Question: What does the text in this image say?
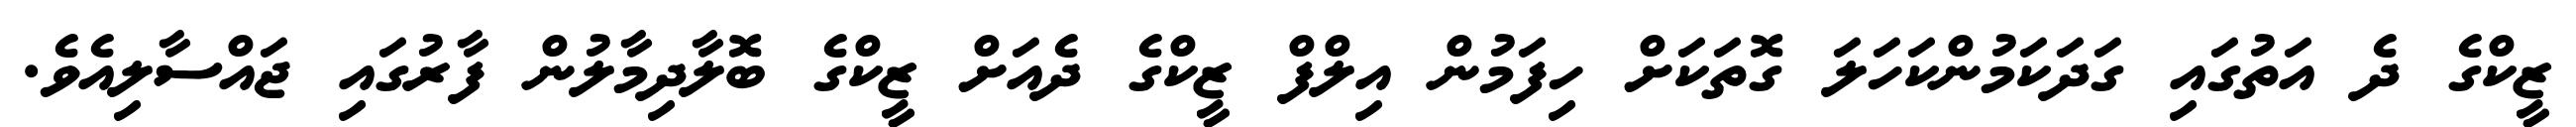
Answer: ޒީކްގެ ދެ އަތުގައި ގަދަކަމުންކަހަލަ ގޮތަކަށް ހިފަމުން އިލްފް ޒީކްގެ ދެއަށް ޒީކްގެ ބޮލާދިމާލުން ފާރުގައި ޖައްސާލިއެވެ.